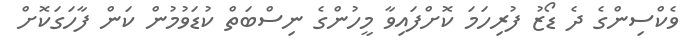
ވެކްސިންގެ ދެ ޑޯޒު ފުރިހަމަ ކޮށްފައިވާ މީހުންގެ ނިސްބަތް ކުޑަވުމުން ކަން ފާހަގަކޮށް